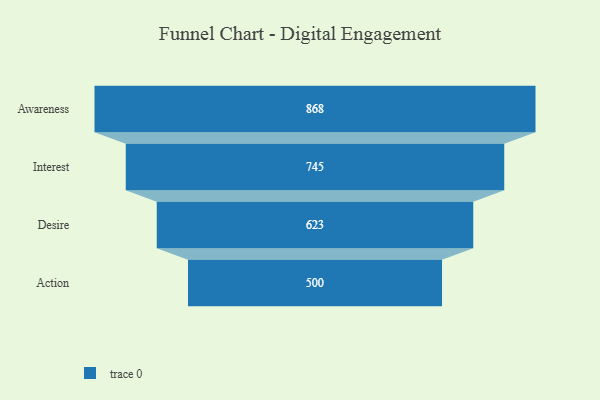
{"axis": {"x": "Stage", "y": "Value"}, "legend": [""], "data": [{"x": "Awareness", "y": 868.0, "type": ""}, {"x": "Interest", "y": 745.0, "type": ""}, {"x": "Desire", "y": 623.0, "type": ""}, {"x": "Action", "y": 500, "type": ""}]}